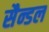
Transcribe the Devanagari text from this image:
सैन्डल